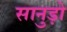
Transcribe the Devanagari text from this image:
सानुड़ो